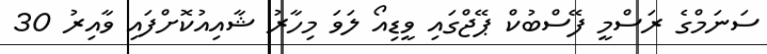
ސަނަމްގެ ރަސްމީ ފޭސްބުކް ޕޭޖްގައި ވީޑިއޯ ލަވަ މިހާރު ޝާއިއުކޮށްފައި ވާއިރު 30